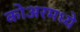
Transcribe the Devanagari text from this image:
कोअरमध्ये